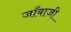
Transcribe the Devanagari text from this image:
जाँबाजी